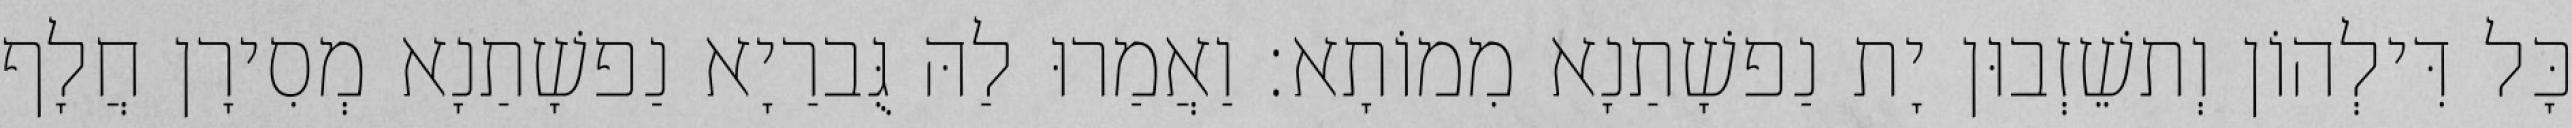
כָּל דִּילְהוֹן וְתשֵׁזְבוּן יָת נַפשָׁתַנָא מִמוֹתָא׃ וַאֲמַרוּ לַהּ גֻּברַיָא נַפשָׁתַנָא מְסִירָן חֲלָף